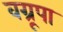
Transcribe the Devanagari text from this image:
वग्रूपा